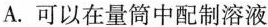
A.可以在量筒中配制溶液